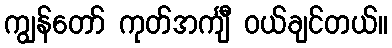
ကျွန်တော် ကုတ်အင်္ကျီ ဝယ်ချင်တယ်။